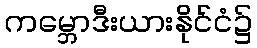
ကမ္ဘောဒီးယားနိုင်ငံ၌